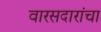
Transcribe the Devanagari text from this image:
वारसदारांचा